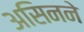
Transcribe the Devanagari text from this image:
असिनने